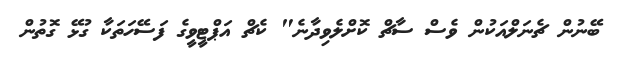
ބޭނުން ޗެނަލްއަކުން ވެސް ސާޗް ކޮށްލެވިދާނެ" ކެޗް އަޕްޓީވީގެ ފަސޭހަތަކާ ގުޅޭ ގޮތުން